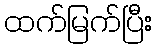
ထက်မြက်ပြီး